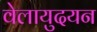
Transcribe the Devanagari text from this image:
वेलायुदयन